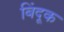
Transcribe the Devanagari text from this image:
बिंदूक